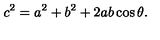
c ^ { 2 } = a ^ { 2 } + b ^ { 2 } + 2 a b \cos \theta .